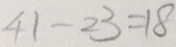
4 1 - 2 3 = 1 8